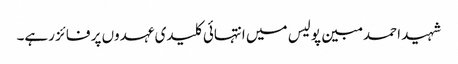
شہید احمد مبین پولیس میں انتہائی کلیدی عہدوں پر فائز رہے۔